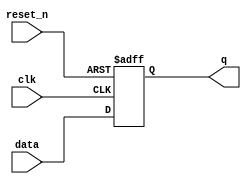
module dfaSsR(data, clk, q, reset_n);
	input data, clk, reset_n;
	output reg q;

	always @(posedge clk or negedge reset_n) begin
		if (!reset_n)
			q <= 0;
		else
			q <= data;
	end

endmodule